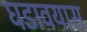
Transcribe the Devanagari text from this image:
घडावयास